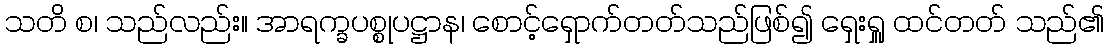
သတိ စ၊ သည်လည်း။ အာရက္ခပစ္စုပဋ္ဌာန၊ စောင့်ရှောက်တတ်သည်ဖြစ်၍ ရှေးရှူ ထင်တတ် သည်၏